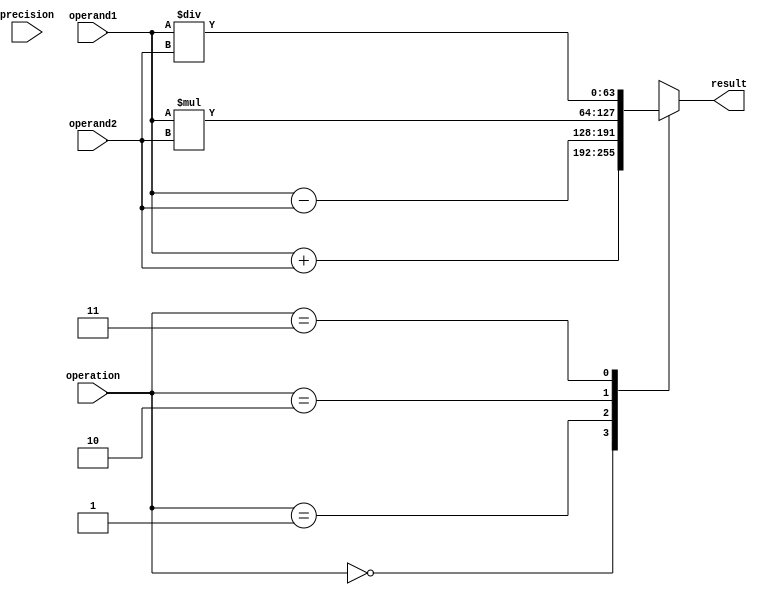
module mixed_precision_fpu (
    input wire [63:0] operand1,
    input wire [63:0] operand2,
    input wire [1:0] precision,
    input wire [1:0] operation,
    
    output wire [63:0] result
);

reg [63:0] result_reg;

// Arithmetic blocks for addition, subtraction, multiplication, and division

always @(*) begin
    case(operation)
        2'b00: begin // addition
            result_reg <= operand1 + operand2;
        end
        
        2'b01: begin // subtraction
            result_reg <= operand1 - operand2;
        end
        
        2'b10: begin // multiplication
            result_reg <= operand1 * operand2;
        end
        
        2'b11: begin // division
            result_reg <= operand1 / operand2;
        end
    endcase
end

// Rounding module for rounding the result to the desired precision
// (Implementation of rounding logic is omitted for brevity)

// Output the result
assign result = result_reg;

endmodule